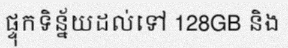
ផ្ទុកទិន្ន័យដល់ទៅ 128GB និង